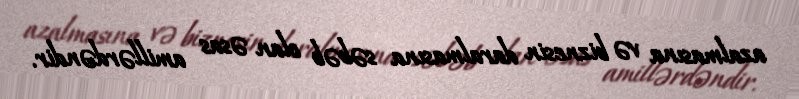
azalmasına və biznesin daralmasına səbəb olan əsas amillərdəndir.